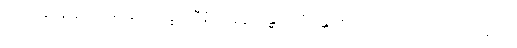
စတုတ္ထော နံ နိသေဓေတွာ ယက္ခဒါသီနံ မဒနိဒ္ဒံ သန္ဓာယ “သန္တိ ဟိ ဘော ဒေဝတာ”တိအာဒိမာဟ။